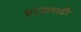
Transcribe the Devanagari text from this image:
मरकच्चौ